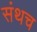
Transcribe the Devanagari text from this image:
संथच